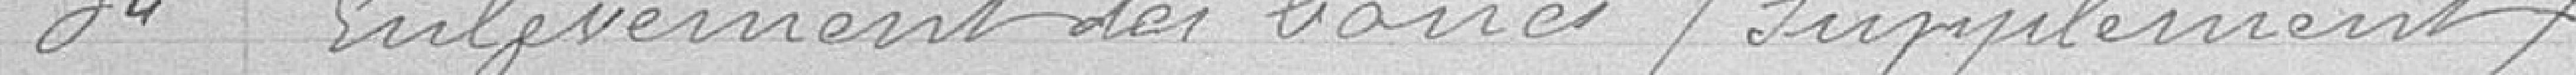
34 Enlèvement des boues (supplément)